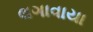
લગાવાયા